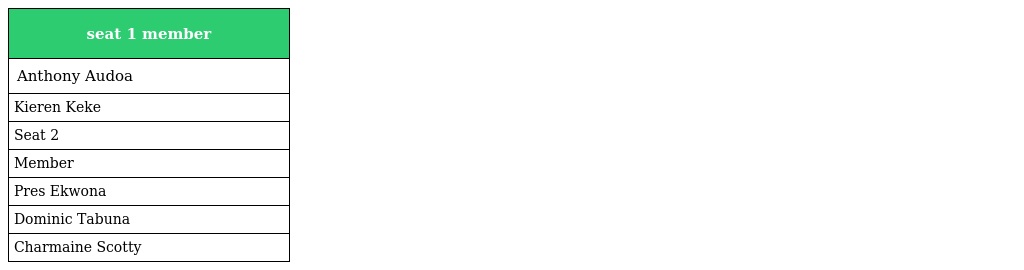
| seat 1 member |
 | --- |
 | Anthony Audoa |
 | Kieren Keke |
 | Seat 2 |
 | Member |
 | Pres Ekwona |
 | Dominic Tabuna |
 | Charmaine Scotty |